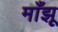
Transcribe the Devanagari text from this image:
माँझू